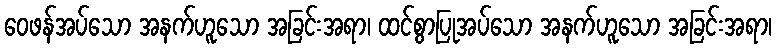
ဝေဖန်အပ်သော အနက်ဟူသော အခြင်းအရာ၊ ထင်စွာပြုအပ်သော အနက်ဟူသော အခြင်းအရာ၊